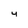
Character: 4